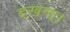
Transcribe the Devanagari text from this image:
दखना।